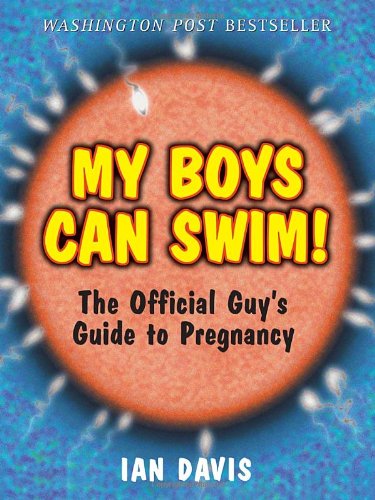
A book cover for My Boys Can Swim!: The Official Guy's Guide to Pregnancy; Ian Davis; Humor & Entertainment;